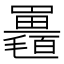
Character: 𣰱